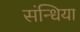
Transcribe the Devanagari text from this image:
संन्धिया